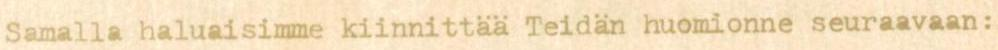
Samalla haluaisimme kiinnittää Teidän huomionne seuraavaan: